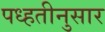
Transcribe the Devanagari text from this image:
पध्हतीनुसार